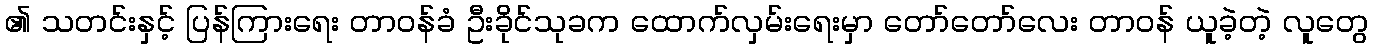
၏ သတင်းနှင့် ပြန်ကြားရေး တာဝန်ခံ ဦးခိုင်သုခက ထောက်လှမ်းရေးမှာ တော်တော်လေး တာဝန် ယူခဲ့တဲ့ လူတွေ